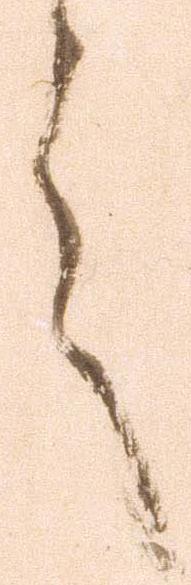
言